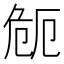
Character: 𭅻